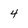
Character: 4